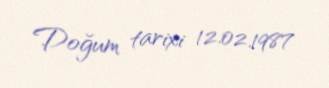
Doğum tarixi 12.02.1987